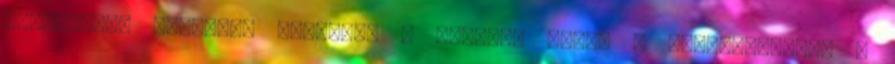
élvezhetik csapatuk játékát. A legtöbb pénzt - kétmilliárdot -